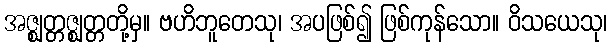
အဇ္ဈတ္တဇ္ဈတ္တတို့မှ။ ဗဟိဘူတေသု၊ အပဖြစ်၍ ဖြစ်ကုန်သော။ ဝိသယေသု၊